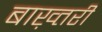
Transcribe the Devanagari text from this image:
बाख़्तरी